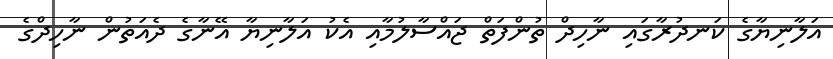
އަލާނިޔާގެ ކަނދުރާގައި ނާހިދް ތުންފަތް ޖައްސާލުމާއި އެކު އަލާނިޔާ އޭނާގެ ދެއަތުން ނާހިދްގެ